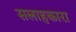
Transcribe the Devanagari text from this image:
सलाहकारा